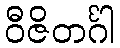
ဝီဇိတင်္ဂါ